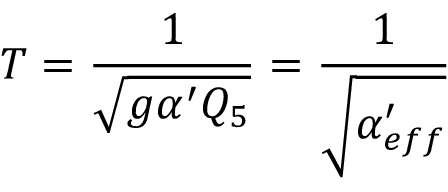
T = { \frac { 1 } { \sqrt { g \alpha ^ { \prime } Q _ { 5 } } } } = { \frac { 1 } { \sqrt { \alpha _ { e f f } ^ { \prime } } } }